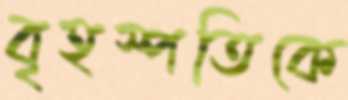
বৃহস্পতিকে